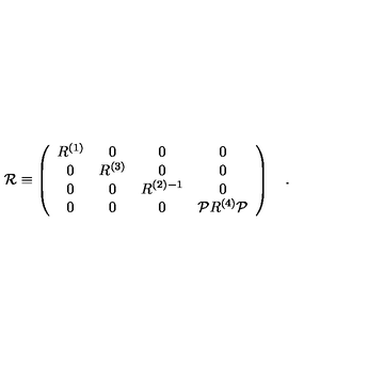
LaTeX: { \cal R } \equiv \left( \begin{array} { c c c c } { R ^ { ( 1 ) } } & { 0 } & { 0 } & { 0 } \\ { 0 } & { R ^ { ( 3 ) } } & { 0 } & { 0 } \\ { 0 } & { 0 } & { R ^ { ( 2 ) - 1 } } & { 0 } \\ { 0 } & { 0 } & { 0 } & { { \cal P } R ^ { ( 4 ) } { \cal P } } \\ \end{array} \right) \quad . \qquad